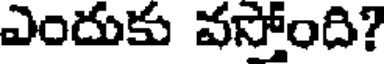
ఎందుకు వస్తోంది?